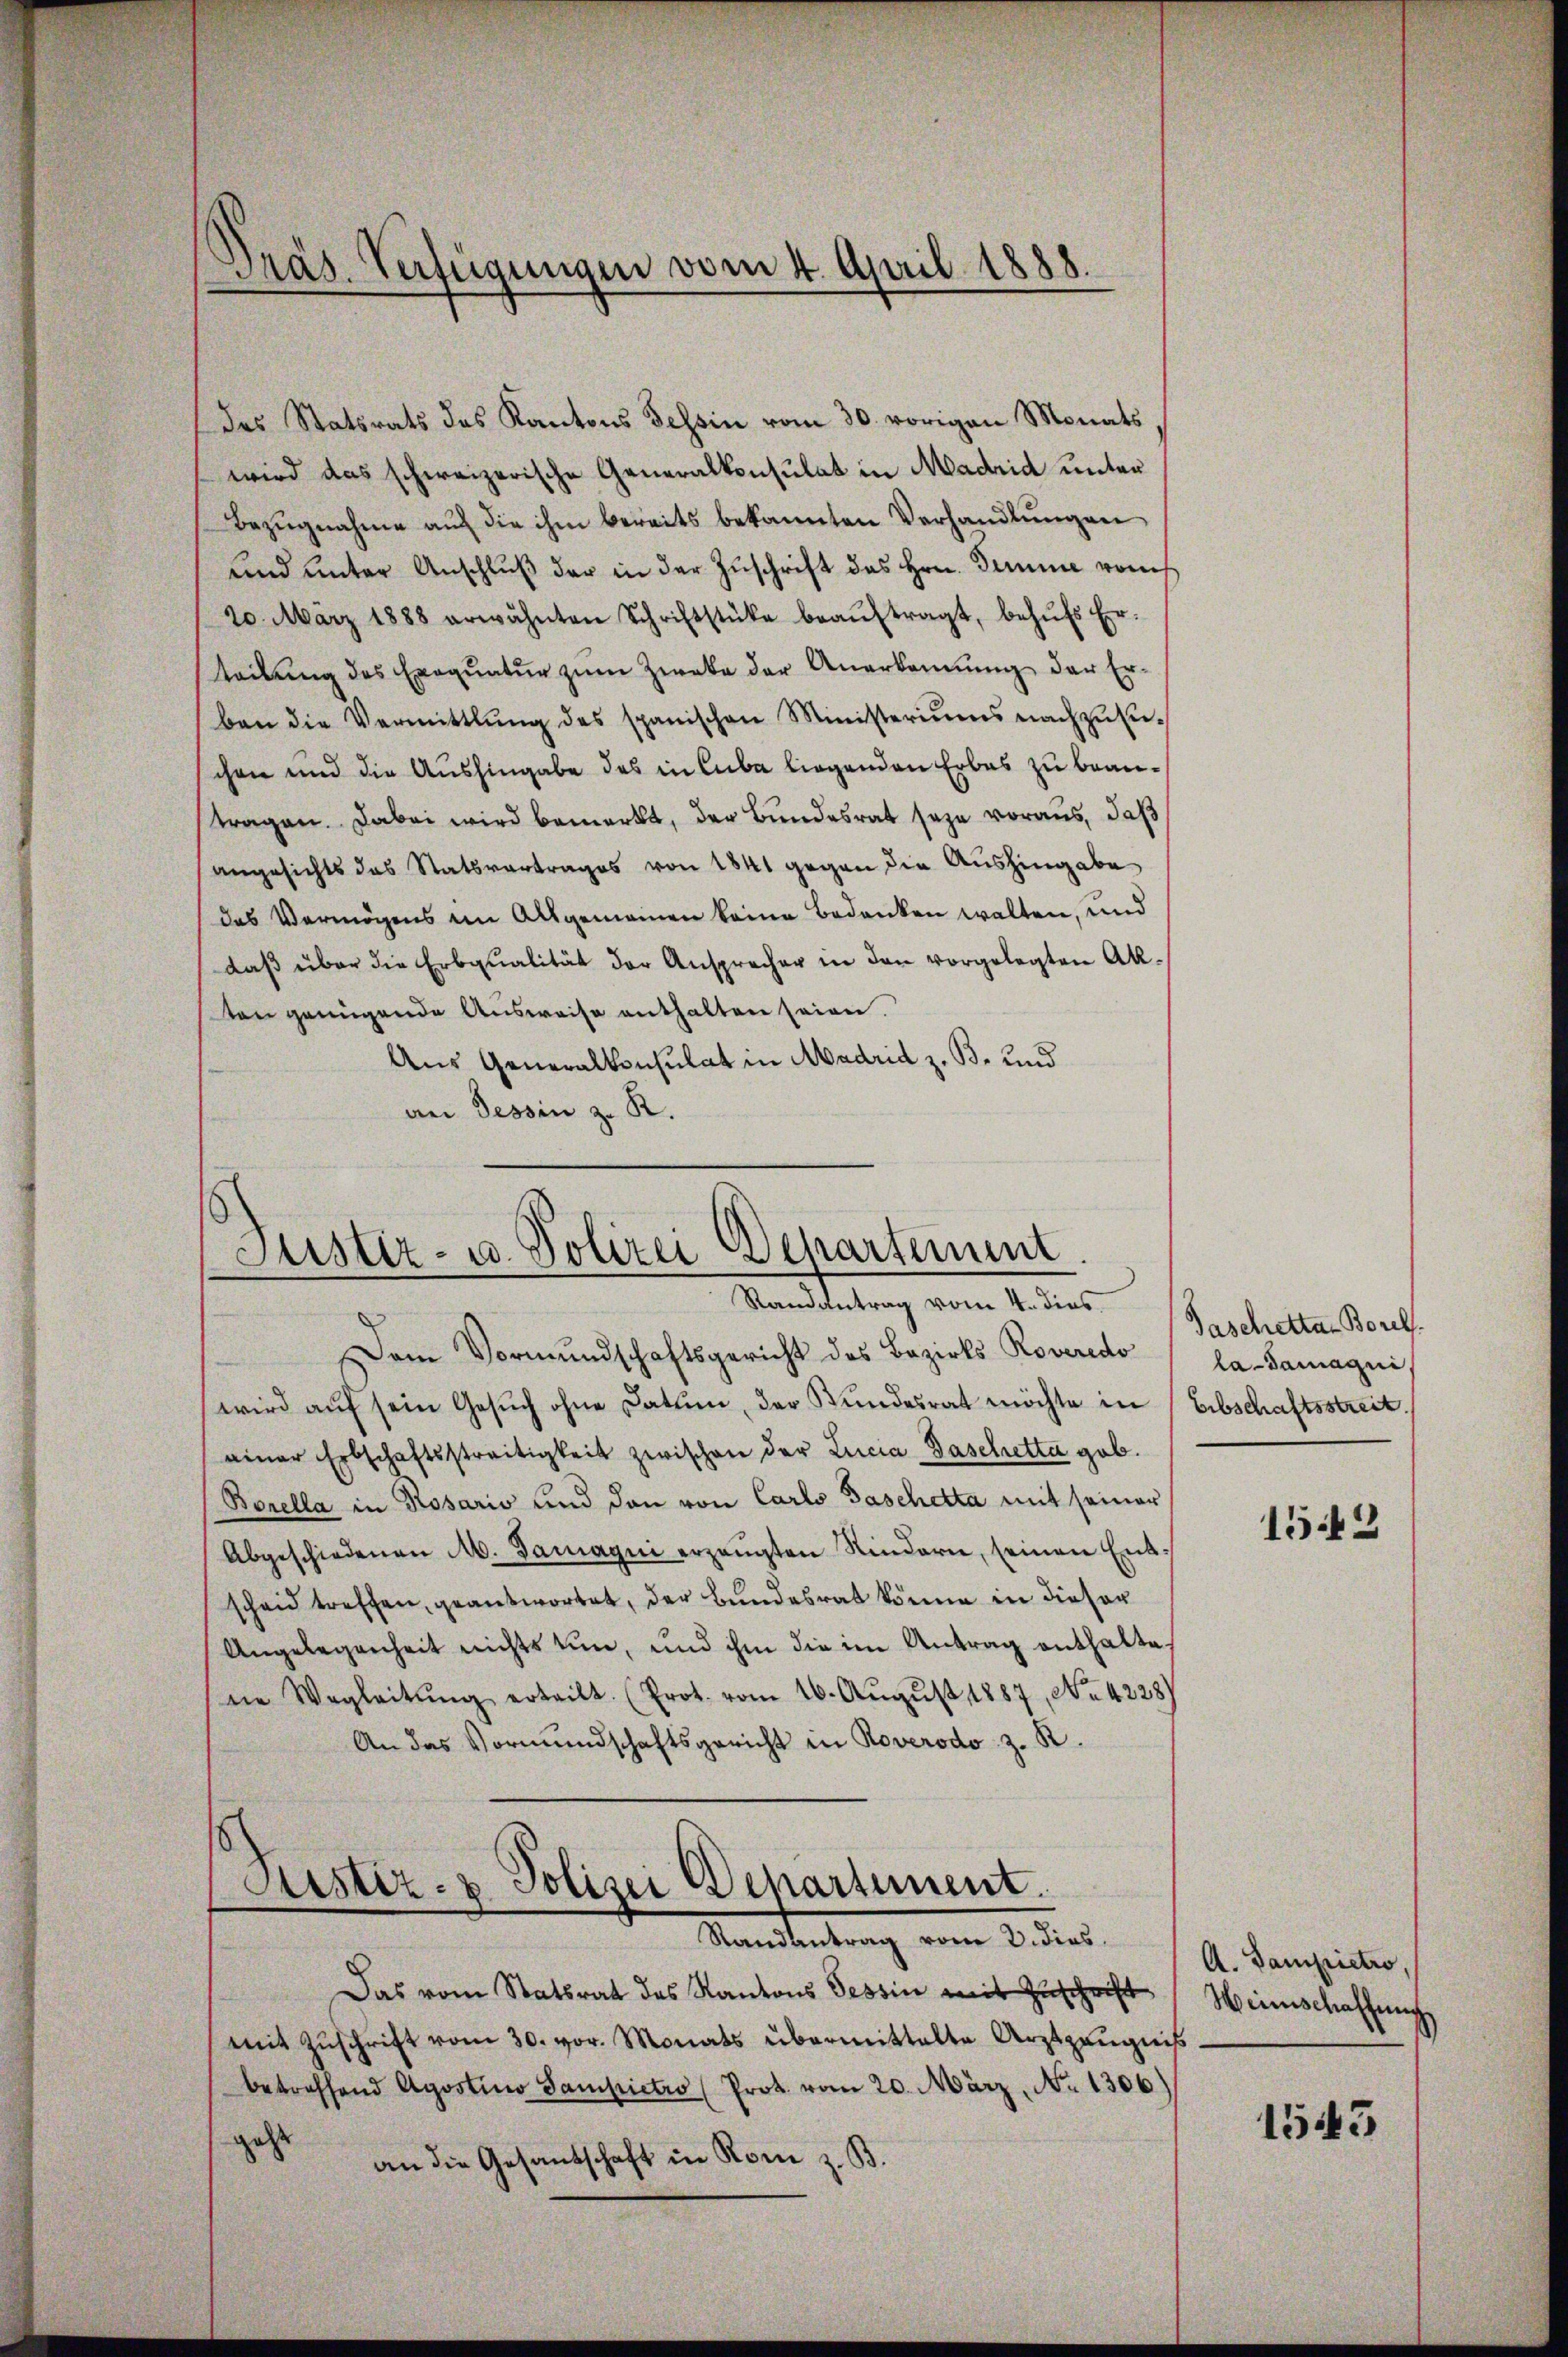
Präs. Verfügungen vom 4. April 1888

des Statsrats des Kantons Tessin vom 30. vorigen Monats
wird das schweizerische Generalkonsulat in Madrid unter
Bezugnahme auf die ihm bereits bekannten Verhandlungen
und unter Anschluß der in der Zuschrift des Hrn. Temme rauch
20. März 1888 erwähnten Schriftstücke beaŭftragt, behŭfs Er-
teilŭng des Exeqŭatŭr zŭm Zweke der Anerkennung der Erben die Vermittlung des spanischen Ministeriums nachzŭsi-
schen und die Aushingabe des in Cuba liegenden Erbes zu beantragen. Dabei wird bemerkt, der Bundesrat seze voraus, daß
angesichts das Statsvertrages von 1841 gegen die Aushingabe
das Vermögens im Allgemeinen keine Bedenken walten, und
daß über die Erbqualität der Ansprecher in den vorgelegten Akten genügende Ausweise enthalten seien.
Aus Generalkonsulat in Madrid z. B. und
an Tessin z. R.

Dem Vormundschaftsgericht des Bezirks Roveredo
wird aŭf sein Gesŭch ohne Datum, der Bundesrat möchte in Erbschaftsstreit
einer Erbschaftsstreitigkeit zwischen der Lucia Baschetta geb.
Borella in Rosario und dann von Carlo Paschetta mit seiner
Abgeschiedenen M. Samagni erzeugten Rindern, seinen Entscheid treffen, geantwortet, der Bundesrat könne in dieser
Angelegenheit nichts tun, und ihm die im Antrag enthaltene Wegleitŭng erteilt. (Prot. vom 16. Aŭgŭst 1887, No 4228)
An das Vormundschaftsgericht in Roverodo z. R.

Justiz- u. Polizei Departement.
Randantrag vom 4. dies

Justiz- & Polizei Departement.
Mandantung vom 2. ders

Taschettar Borels.
la-Samagui,

Das vom Statsrat des Kantons Tessin mit Zuschrift
mit Zuschrift vom 30. vor. Monats übermittelte Arztzeugniß
betreffend Agostino Sampietro (Prot. vom 20. März, No. 1306)
geht
.
an die Gesandschaft in Rom z. B.

1543

A. Gampictro,
Weinschaffung

1545